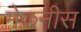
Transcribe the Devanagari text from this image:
मेकनीस